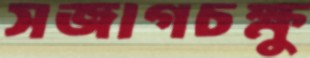
সজাগচক্ষু